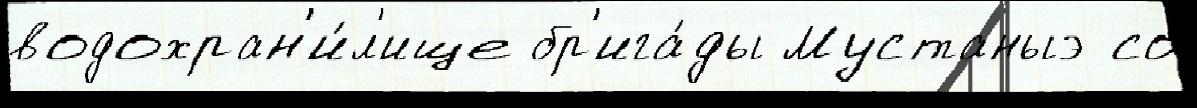
водохран'и́л'ище бр'ига́ды Мустаныэ со